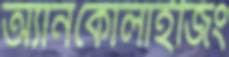
অ্যানকোলাইজিং